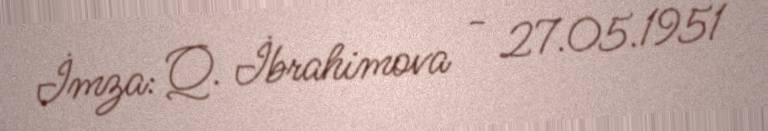
İmza: Q. İbrahimova - 27.05.1951